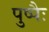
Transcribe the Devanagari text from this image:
पुष्पैः